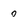
Character: 0